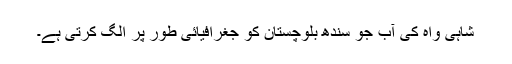
شاہی واہ کی آب جو سندھ بلوچستان کو جغرافیائی طور پر الگ کرتی ہے۔